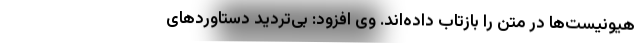
هیونیست‌ها در متن را بازتاب داده‌اند. وی افزود: بی‌تردید دستاوردهای